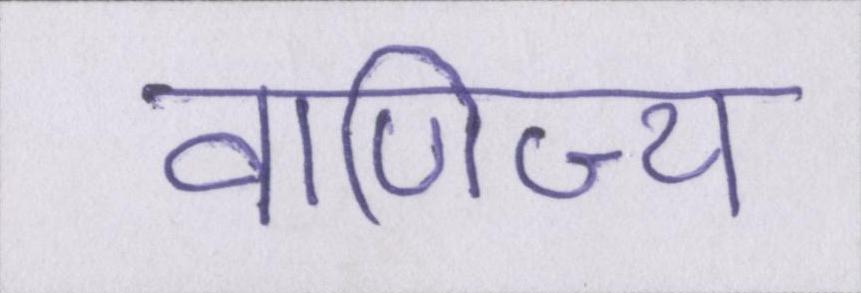
वाणिज्य